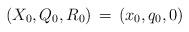
LaTeX: \begin{align*}(X_{0}, Q_{0}, R_{0})\, = \,(x_{0}, q_{0}, 0)\end{align*}